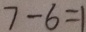
7 - 6 = 1